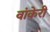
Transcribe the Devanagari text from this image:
वांकेरी